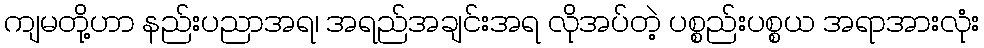
ကျမတို့ဟာ နည်းပညာအရ၊ အရည်အချင်းအရ လိုအပ်တဲ့ ပစ္စည်းပစ္စယ အရာအားလုံး